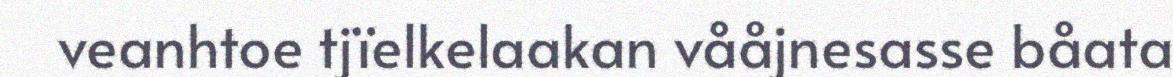
veanhtoe tjïelkelaakan vååjnesasse båata